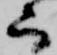
而